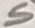
Text: S